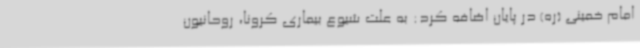
امام خمینی (ره) در پایان اضافه کرد: به علت شیوع بیماری کرونا، روحانیون